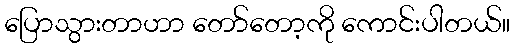
ပြောသွားတာဟာ တော်တော့ကို ကောင်းပါတယ်။